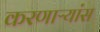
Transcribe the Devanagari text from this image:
करणाऱ्यांस